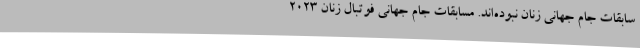
سابقات جام جهانی زنان نبوده‌اند. مسابقات جام جهانی فوتبال زنان 2023